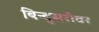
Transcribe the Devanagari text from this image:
बिन्दुसरोवर